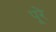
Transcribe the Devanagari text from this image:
पूरे